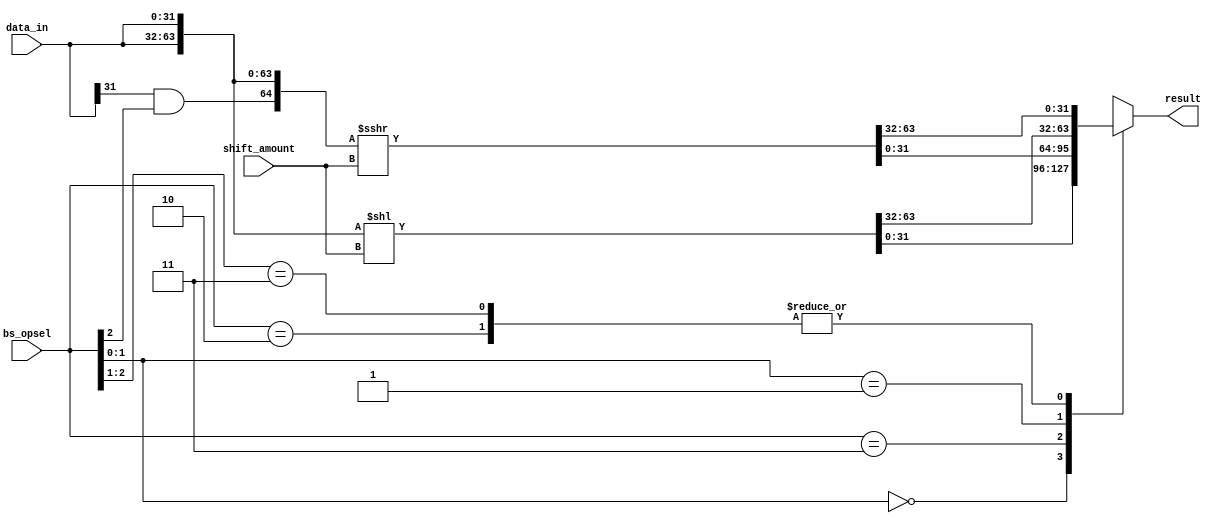
`timescale 1ns/1ps

`define SLL 3'b?00
`define SRL 3'b010
`define ROR 3'b011
`define SRA 3'b11?
`define ROL 3'b?01

`define OPSEL_WIDTH 3
`define REG_WIDTH 32
`define SA_WIDTH 5

module barrel(bs_opsel, shift_amount, data_in, result);

input  [`OPSEL_WIDTH-1:0]  bs_opsel;
input  [`SA_WIDTH-1:0]  shift_amount;
input  [`REG_WIDTH-1:0] data_in;
output reg[`REG_WIDTH-1:0] result;

wire [`REG_WIDTH*2-1:0] temp1, temp2; 
wire arithm, is_arithm_shift;

assign is_arithm_shift = bs_opsel[2];
assign arithm = data_in[`REG_WIDTH-1] & is_arithm_shift;
assign temp1 = {data_in, data_in} << shift_amount;
assign temp2 = $signed({arithm, data_in, data_in}) >>> shift_amount;

always @* begin

	casez(bs_opsel)
		`SLL: result = temp1[`REG_WIDTH-1:0];
		`SRL: result = temp2[`REG_WIDTH*2-1:`REG_WIDTH];
		`ROR: result = temp2[`REG_WIDTH-1:0];
		`ROL: result = temp1[`REG_WIDTH*2-1:`REG_WIDTH];
		`SRA: result = temp2[`REG_WIDTH*2-1:`REG_WIDTH];
	endcase
end

endmodule